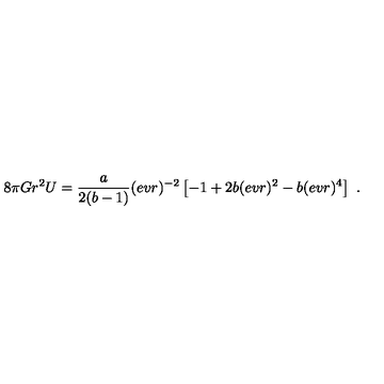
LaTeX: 8 \pi G r ^ { 2 } U = { \frac { { a } } { 2 ( { { b } } - 1 ) } } ( e v r ) ^ { - 2 } \left[ - 1 + 2 { { b } } ( e v r ) ^ { 2 } - { { b } } ( e v r ) ^ { 4 } \right] \ .